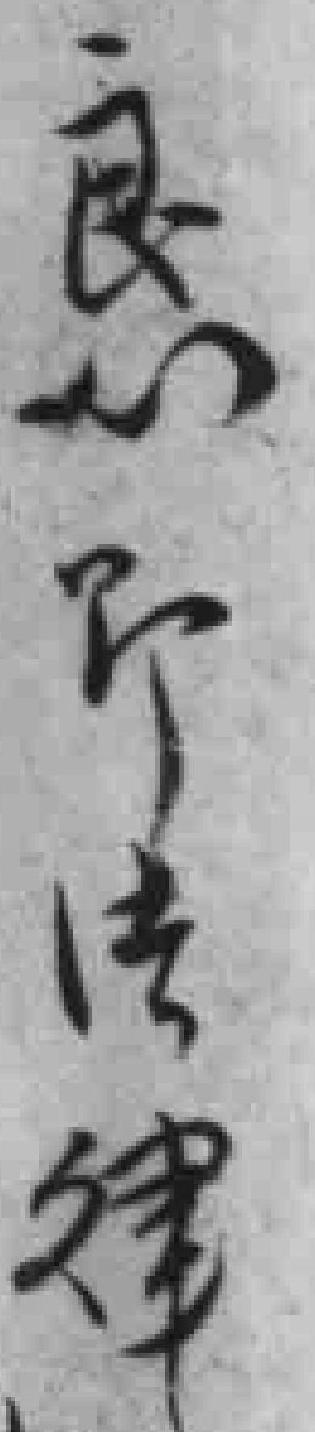
良性即法律